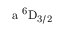
\mathrm { a \ ^ { 6 } D _ { 3 / 2 } }